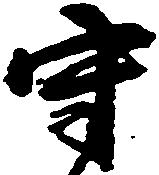
守